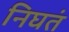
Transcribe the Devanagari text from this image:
निघतं